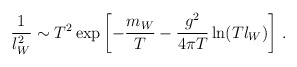
\begin{align*} \frac{1}{l_W^2} \sim T^2 \exp\left[-\frac{m_W}T - \frac{g^2}{4\pi T} \ln(Tl_W)\right]\,.\end{align*}